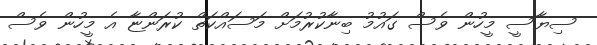
ސިޔާސީ މީހުން ވެސް ގައުމު ބިނާކުރުމަށް މަސައްކަތް ކުރަންޏާ އެ މީހުން ވެސް